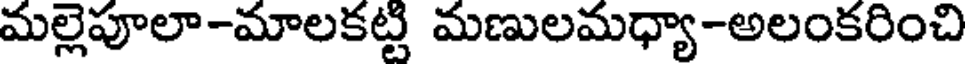
మల్లెపూలా-మాలకట్టి మణులమధ్యా-అలంకరించి